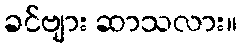
ခင်ဗျား ဆာသလား။